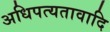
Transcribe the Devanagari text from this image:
अधिपत्यतावादि